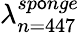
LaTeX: \lambda_{n=447}^{sp\mathsf{o}nge}